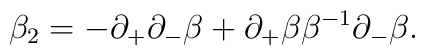
\beta_2 = - \partial_+ \partial_- \beta + \partial_+ \beta \beta^{-1}\partial_- \beta.